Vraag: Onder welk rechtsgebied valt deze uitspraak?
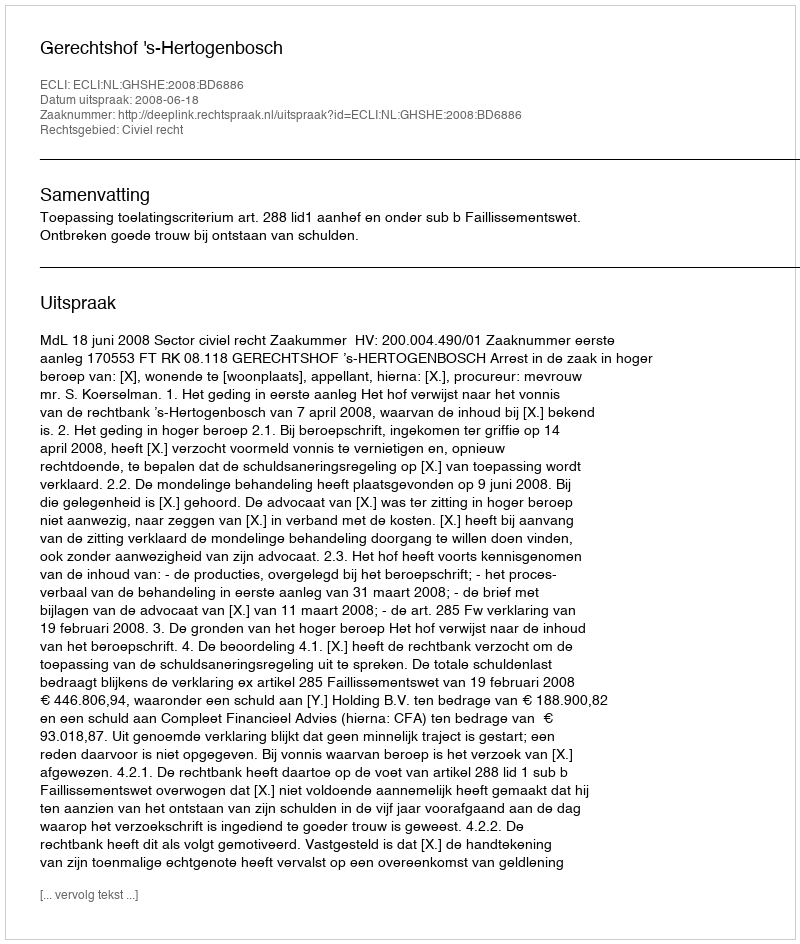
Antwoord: Civiel recht